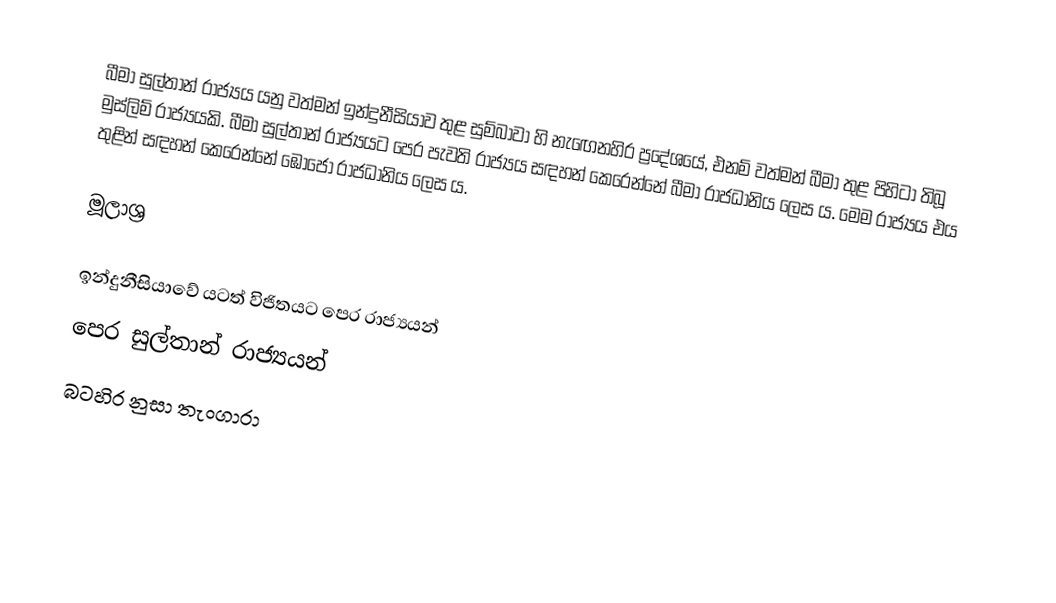
බීමා සුල්තාන් රාජ්‍යය යනු වත්මන් ඉන්දුනීසියාව තුළ සුම්බාවා හි නැඟෙනහිර ප්‍රදේශයේ, එනම් වත්මන් බීමා තුළ පිහිටා තිබූ මුස්ලිම් රාජ්‍යයකි. බීමා සුල්තාන් රාජ්‍යයට පෙර පැවති රාජ්‍යය සඳහන් කෙරෙන්නේ බීමා රාජධානිය ලෙස ය. මෙම රාජ්‍යය එය තුළින් සඳහන් කෙරෙන්නේ ඹොජෝ රාජධානිය ලෙස ය.

මූලාශ්‍ර

ඉන්දුනීසියාවේ යටත් විජිතයට පෙර රාජ්‍යයන්
පෙර සුල්තාන් රාජ්‍යයන්
බටහිර නුසා තැංගාරා